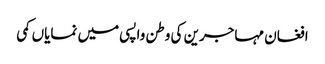
افغان مہاجرین کی وطن واپسی میں نمایاں کمی